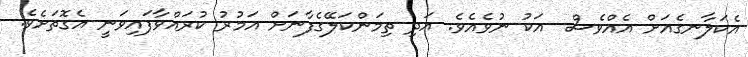
އެކަލާނގެއަށް އެއްވެސް  އަކު ނުވެއެވެ. އަދި ތިމަންކަލޭގެފާނަށް އަމުރު ކުރައްވާފައިވަނީ އެގޮތަށެވެ.